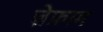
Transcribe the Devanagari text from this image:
ज़ेफ्राम